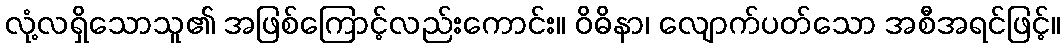
လုံ့လရှိသောသူ၏ အဖြစ်ကြောင့်လည်းကောင်း။ ဝိဓိနာ၊ လျောက်ပတ်သော အစီအရင်ဖြင့်။